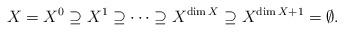
LaTeX: \begin{align*} X = X^0 \supseteq X^{1} \supseteq \cdots \supseteq X^{\dim X} \supseteq X^{\dim X+1} = \emptyset.\end{align*}